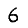
Digit: 6